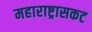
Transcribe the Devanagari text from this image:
महाराष्ट्रासकट